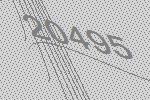
20495